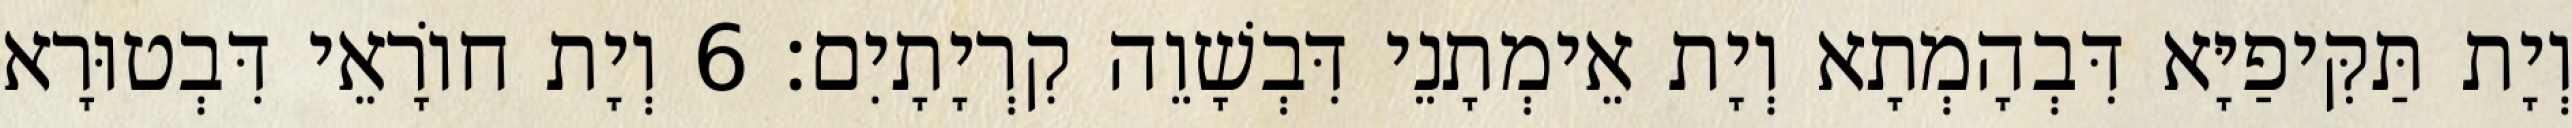
וְיָת תַּקִּיפַיָּא דִּבְהָמְתָא וְיָת אֵימְתָנֵי דִּבְשָׁוֵה קִרְיָתָיִם׃ 6 וְיָת חוֹרָאֵי דִּבְטוּרָא